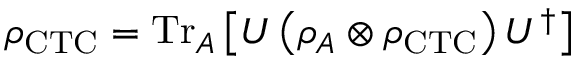
\rho _ { \mathrm { C T C } } = { \mathrm { T r } } _ { A } \left[ U \left( \rho _ { A } \otimes \rho _ { \mathrm { C T C } } \right) U ^ { \dagger } \right]